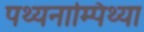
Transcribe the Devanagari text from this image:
पथ्यनाम्पिथ्या